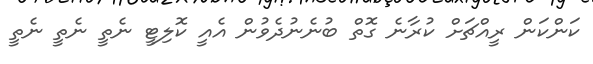
ކަންކަން ރީއްޗަށް ކުރާނެ ގޮތް ބުނެނުދެވުން އެއީ ކޮލިޓީ ނެތީ ނެތީ ނެތީ